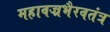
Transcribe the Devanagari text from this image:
महावज्रभैरवतंत्र